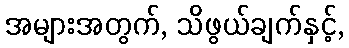
အများအတွက်, သိဖွယ်ချက်နှင့်,